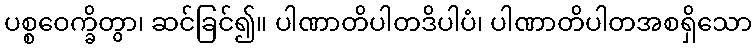
ပစ္စဝေက္ခိတွာ၊ ဆင်ခြင်၍။ ပါဏာတိပါတဒိပါပံ၊ ပါဏာတိပါတအစရှိသော